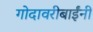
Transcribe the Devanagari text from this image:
गोदावरीबाईंनी